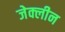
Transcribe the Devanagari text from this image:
जेक्लीन